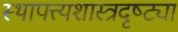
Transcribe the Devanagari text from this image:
स्थापत्त्यशास्त्रदृष्ट्या